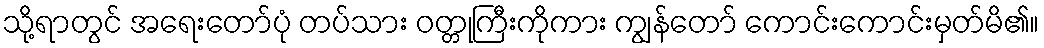
သို့ရာတွင် အရေးတော်ပုံ တပ်သား ဝတ္တုကြီးကိုကား ကျွန်တော် ကောင်းကောင်းမှတ်မိ၏။